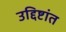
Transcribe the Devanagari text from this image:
उद्दिष्टांत